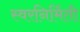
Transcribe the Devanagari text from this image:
स्वरनिर्मिती